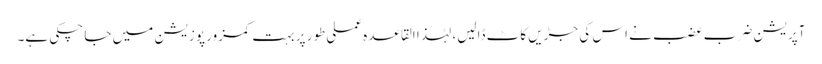
آپریشن ضرب عضب نے اس کی جڑیں کاٹ ڈالیں، لہٰذا القاعدہ عملی طور پر بہت کمزور پوزیشن میں جا چکی ہے۔